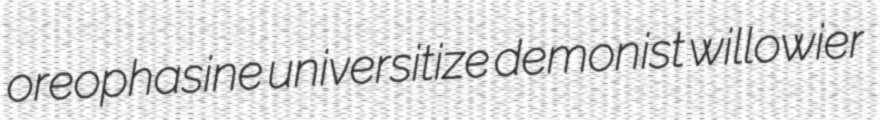
oreophasine universitize demonist willowier